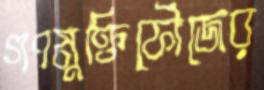
গণমুক্তিফৌজের